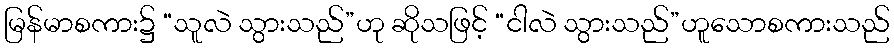
မြန်မာစကား၌ “သူလဲ သွားသည်”ဟု ဆိုသဖြင့် “ငါလဲ သွားသည်”ဟူသောစကားသည်